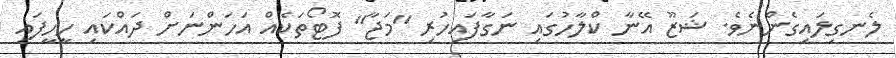
ލެނގިލައިގެންނެވެ. ޝަޒޫ އޭނާ ކްލާހުގައި ނަގާފައިހުރި "މަޖާ" ފޮޓޯތަކެއް އަހަންނަށް ދައްކައި ހީހީފައި